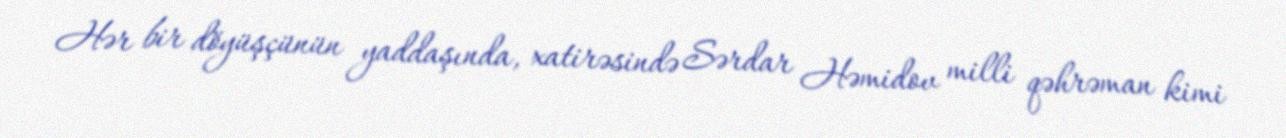
Hər bir döyüşçünün yaddaşında, xatirəsində Sərdar Həmidov milli qəhrəman kimi